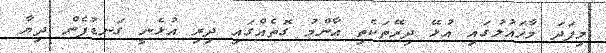
މިފަދަ މާހައުލުގައި އުޅޭ ދިރޭތަކެތި އާންމު ގޮތެއްގައި ދިރި އުޅެނީ ގަނޑުފެން ދިޔާ